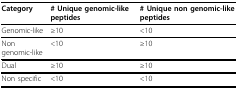
<table><thead><tr><td><b>Category</b></td><td><b># Unique genomic-like peptides</b></td><td><b># Unique non genomic-like peptides</b></td></tr></thead><tbody><tr><td>Genomic-like</td><td>≥ 10</td><td>&lt; 10</td></tr><tr><td>Non genomic-like</td><td>&lt; 10</td><td>≥ 10</td></tr><tr><td>Dual</td><td>≥ 10</td><td>≥ 10</td></tr><tr><td>Non specific</td><td>&lt; 10</td><td>&lt; 10</td></tr></tbody></table>